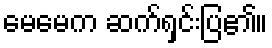
မေမေက ဆက်ရှင်းပြ၏။